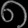
Digit: ၈